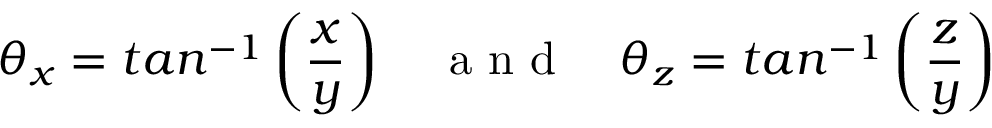
\theta _ { x } = t a n ^ { - 1 } \left( \frac { x } { y } \right) \quad \mathrm { ~ a ~ n ~ d ~ } \quad \theta _ { z } = t a n ^ { - 1 } \left( \frac { z } { y } \right)